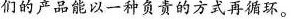
们的产品能以一种负责的方式再循环。